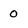
Character: o